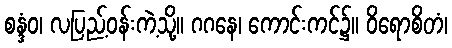
စန္ဒံဝ၊ လပြည့်ဝန်းကဲ့သို့။ ဂဂနေ၊ ကောင်းကင်၌။ ဝိရောစိတံ၊